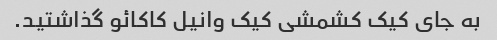
به جای کیک کشمشی کیک وانیل کاکائو گذاشتید.